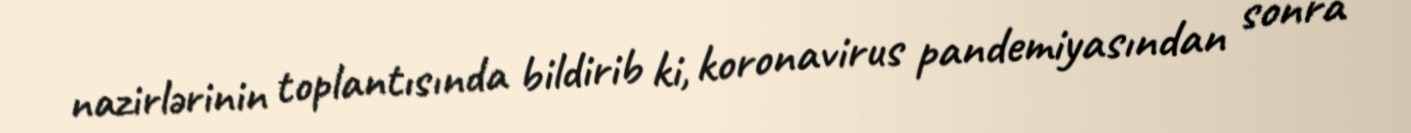
nazirlərinin toplantısında bildirib ki, koronavirus pandemiyasından sonra